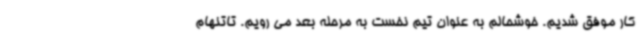
کار موفق شدیم. خوشحالم به عنوان تیم نخست به مرحله بعد می رویم. تاتنهام